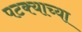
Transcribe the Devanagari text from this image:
पटक्याच्या